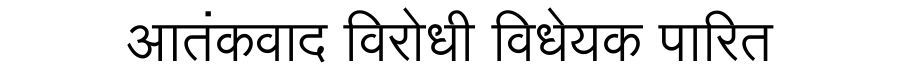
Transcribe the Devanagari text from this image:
आतंकवाद विरोधी विधेयक पारित